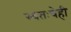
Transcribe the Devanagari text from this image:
स्वतःचेही